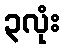
၃လုံး